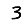
Digit: 3